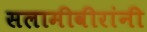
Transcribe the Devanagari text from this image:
सलामीवीरांनी